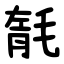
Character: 毻